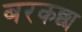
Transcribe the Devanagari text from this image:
बरकछा